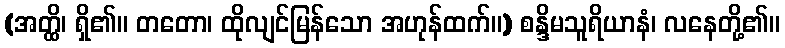
(အတ္ထိ၊ ရှိ၏။ တတော၊ ထိုလျင်မြန်သော အဟုန်ထက်။) စန္ဒိမသူရိယာနံ၊ လနေတို့၏။